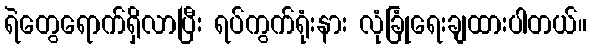
ရဲတွေရောက်ရှိလာပြီး ရပ်ကွက်ရုံးနား လုံခြုံရေးချထားပါတယ်။